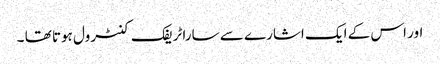
اور اس کے ایک اشارے سے سارا ٹریفک کنٹرول ہوتا تھا ۔